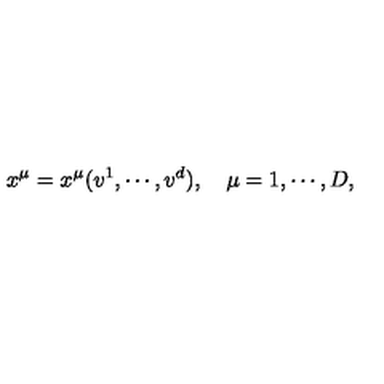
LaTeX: x ^ { \mu } = x ^ { \mu } ( v ^ { 1 } , \cdots , v ^ { d } ) , \quad \mu = 1 , \cdots , D ,